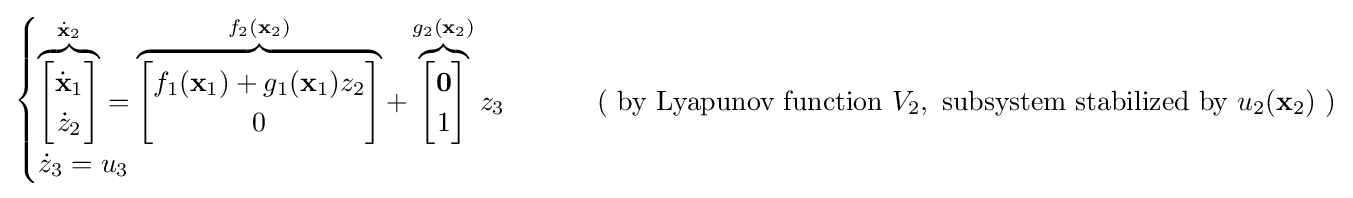
{\begin{cases}\overbrace {\begin{bmatrix}{\dot {\mathbf {x} }}_{1}\\{\dot {z}}_{2}\end{bmatrix}} ^{{\dot {\mathbf {x} }}_{2}}=\overbrace {\begin{bmatrix}f_{1}(\mathbf {x} _{1})+g_{1}(\mathbf {x} _{1})z_{2}\\0\end{bmatrix}} ^{f_{2}(\mathbf {x} _{2})}+\overbrace {\begin{bmatrix}\mathbf {0} \\1\end{bmatrix}} ^{g_{2}(\mathbf {x} _{2})}z_{3}&\qquad {\text{ ( by Lyapunov function }}V_{2},{\text{ subsystem stabilized by }}u_{2}({\textbf {x}}_{2}){\text{ )}}\\{\dot {z}}_{3}=u_{3}\end{cases}}